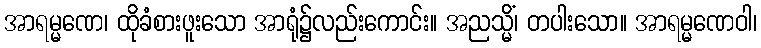
အာရမ္မဏေ၊ ထိုခံစားဖူးသော အာရုံ၌လည်းကောင်း။ အညသ္မိံ၊ တပါးသော။ အာရမ္မဏေဝါ၊